Senior Leaving Certificate Examination (including Day School Certificate (Higher) General paper), 1950
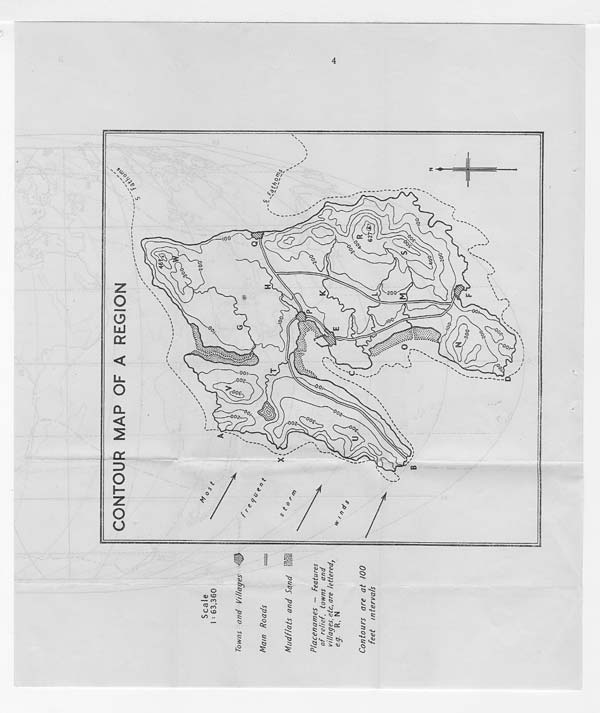
Scale
I * 63,360
Towns and Villages
Mam Roads
Mudflats and Sand li&iii
Placenames - Features
of relief, towns and
villages, etc, are lettered,
eg. R, N
Contours are at 100
feet intervals
CONTOUR MAP OF A REGION
zoo
> ..
lOo
0)
^0
627^?
\ r
^VO?
200
30Q
zo°
IX